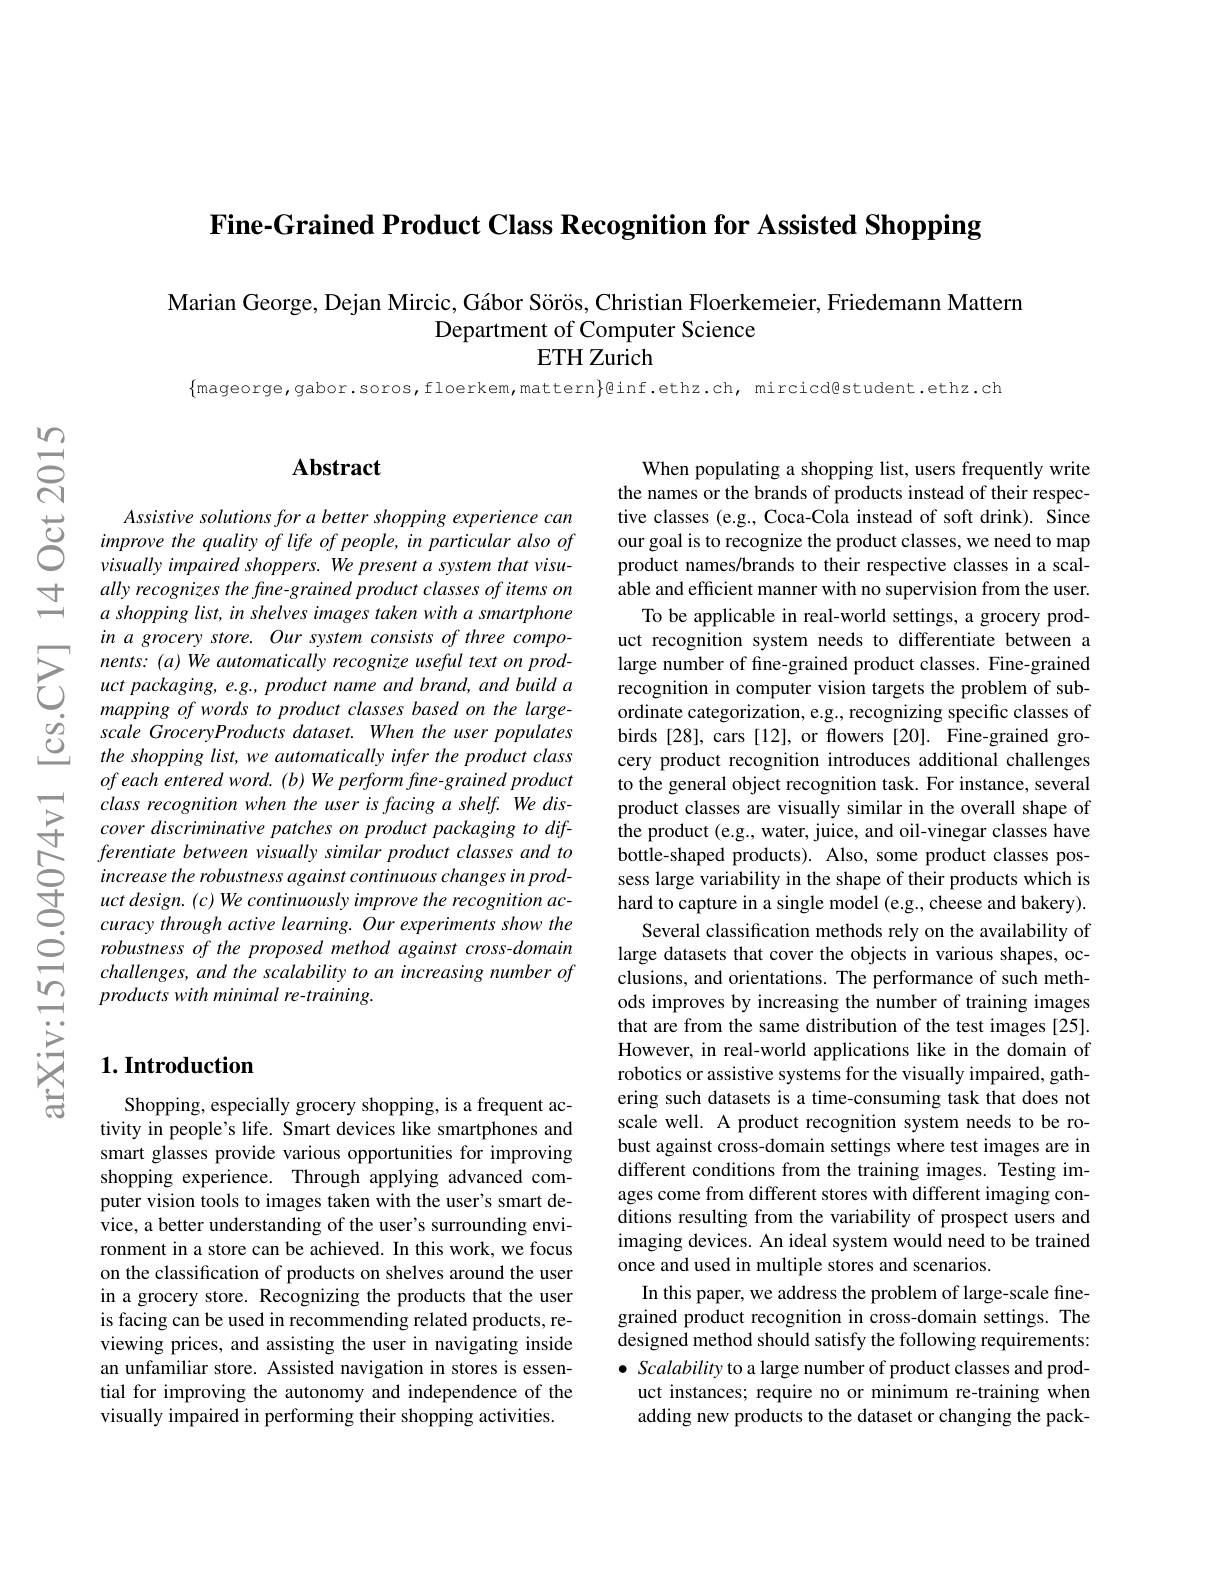
Fine-Grained Product Class Recognition for Assisted Shopping

Marian George, Dejan Mircic, Gábor Sörös, Christian Floerkemeier, Friedemann Mattern
Department of Computer Science
ETH Zurich

$\{$mageorge,gabor.soros,floerkem,mattern$\}$@inf.ethz.ch, mircicd@student.ethz.ch

## $\mathbf{Abstract}$

Assistive solutions for a better shopping experience can improve the quality of life of people, in particular also of visually impaired shoppers. We present a system that visually recognizes the fine-grained product classes of items on $a\textit{ shopping list, in shelves images taken with a smartphone}$ in a grocery store. Our system consists of three components: (a) We automatically recognize useful text on product packaging, e.g., product name and brand, and build a mapping of words to product classes based on the largescale GroceryProducts dataset. When the user populates the shopping list, we automatically infer the product class ofeach entered word. (b) We perform fine-grained product class recognition when the user is facing a shelf. We discover discriminative patches on product packaging to differentiate between visually similar product classes and to increase the robustness against continuous changes in product design. (c) We continuously improve the recognition accuracy through active learning. Our experiments show the robustness of the proposed method against cross-domain challenges, and the scalability to an increasing number of products with minimal re-training.

## $1. \textbf{Introduction}$

Shopping, especially grocery shopping, is a frequent activity in people's life. Smart devices like smartphones and smart glasses provide various opportunities for improving shopping experience. Through applying advanced computer vision tools to images taken with the user's smart device, a better understanding of the user's surrounding environment in a store can be achieved. In this work, we focus on the classification of products on shelves around the user in a grocery store. Recognizing the products that the user is facing can be used in recommending related products, reviewing prices, and assisting the user in navigating inside an unfamiliar store. Assisted navigation in stores is essential for improving the autonomy and independence of the visually impaired in performing their shopping activities.

When populating a shopping list, users frequently write the names or the brands of products instead of their respective classes (e.g., Coca-Cola instead of soft drink). Since our goal is to recognize the product classes, we need to map product names/brands to their respective classes in a scalable and efficient manner with no supervision from the user.
To be applicable in real-world settings, a grocery product recognition system needs to differentiate between a large number of fine-grained product classes. Fine-grained recognition in computer vision targets the problem of subordinate categorization, e.g., recognizing specific classes of birds [28], cars [12], or flowers [20]. Fine-grained grocery product recognition introduces additional challenges to the general object recognition task. For instance, several product classes are visually similar in the overall shape of the product (e.g., water, juice, and oil-vinegar classes have bottle-shaped products). Also, some product classes possess large variability in the shape of their products which is hard to capture in a single model (e.g., cheese and bakery).
Several classification methods rely on the availability of large datasets that cover the objects in various shapes, occlusions, and orientations. The performance of such methods improves by increasing the number of training images that are from the same distribution of the test images [25]. However, in real-world applications like in the domain of robotics or assistive systems for the visually impaired, gathering such datasets is a time-consuming task that does not scale well. A product recognition system needs to be robust against cross-domain settings where test images are in different conditions from the training images. Testing images come from different stores with different imaging conditions resulting from the variability of prospect users and imaging devices. An ideal system would need to be trained once and used in multiple stores and scenarios.
In this paper, we address the problem of large-scale finegrained product recognition in cross-domain settings. The designed method should satisfy the following requirements: $\bullet$ Scalability to a large number of product classes and product instances; require no or minimum re-training when adding new products to the dataset or changing the pack-